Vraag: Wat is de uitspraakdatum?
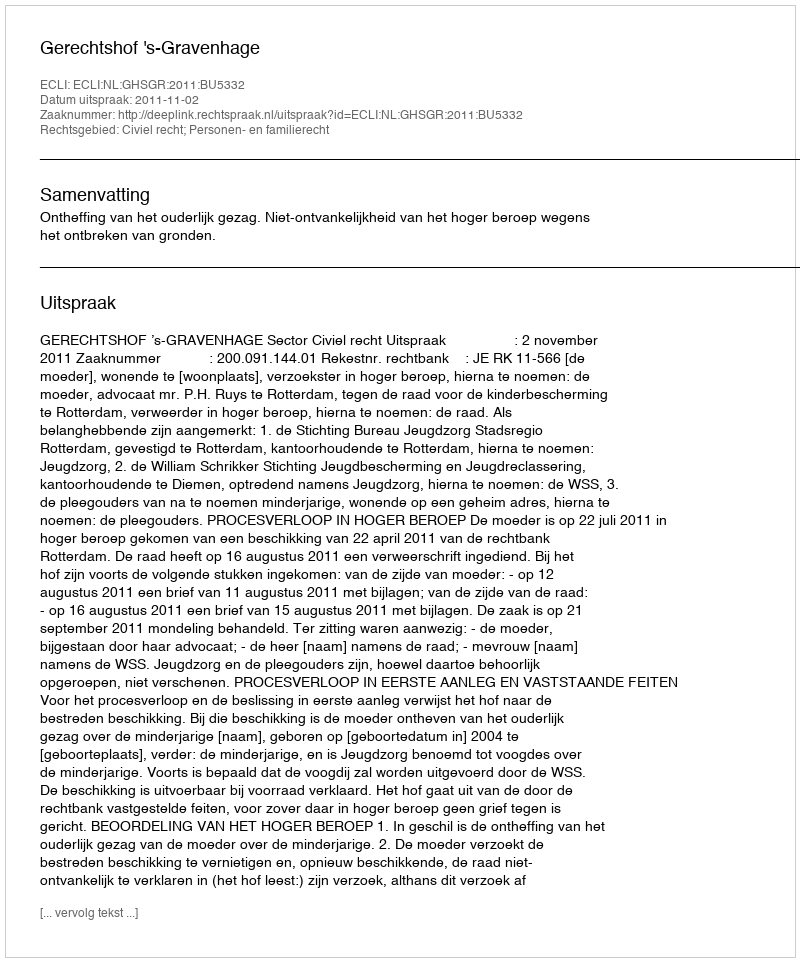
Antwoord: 2011-11-02